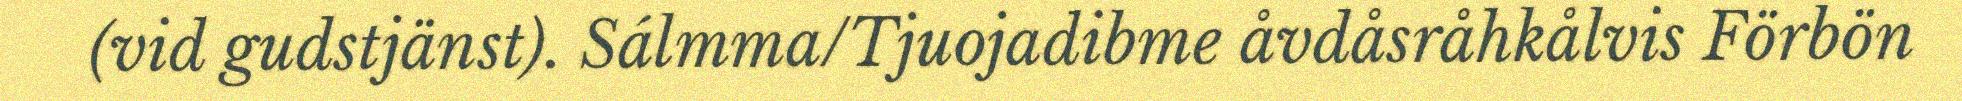
(vid gudstjänst). Sálmma/Tjuojadibme åvdåsråhkålvis Förbön